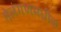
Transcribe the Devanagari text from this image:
तेलंगणमधील